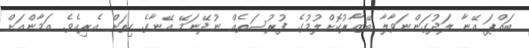
ބައްޕަ އޭނާ ލަދުގަންނަވާލާ ބޭޒާރުކޮށްލުމުގެ ފުރުސަތެއް ނުދޭނަމޭ އޭނާގެ ހިތަށް އެރިއެވެ. އަމާންއަށް